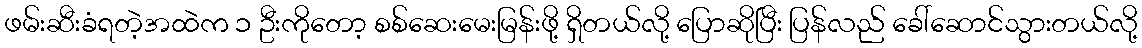
ဖမ်းဆီးခံရတဲ့အထဲက ၁ ဦးကိုတော့ စစ်ဆေးမေးမြန်းဖို့ ရှိတယ်လို့ ပြောဆိုပြီး ပြန်လည် ခေါ်ဆောင်သွားတယ်လို့